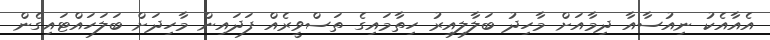
އެއާއެކު ނިއުސާއާ ދިމާއަށް މާހިދު ބަލާލިއިރު ހިތާމައިގެ ތަސްވީރެއް ފަދައިން މާހިދަށް ބަލަހައްޓައިގެން